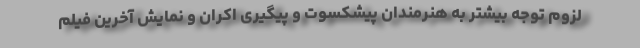
لزوم توجه بیشتر به هنرمندان پیشکسوت و پیگیری اکران و نمایش آخرین فیلم